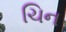
ચિન